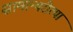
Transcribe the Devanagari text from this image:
सामान्यरीत्या